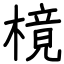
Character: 樈